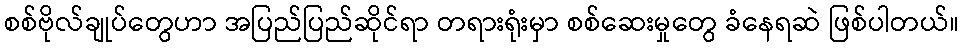
စစ်ဗိုလ်ချုပ်တွေဟာ အပြည်ပြည်ဆိုင်ရာ တရားရုံးမှာ စစ်ဆေးမှုတွေ ခံနေရဆဲ ဖြစ်ပါတယ်။